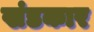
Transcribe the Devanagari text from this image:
खंडकार